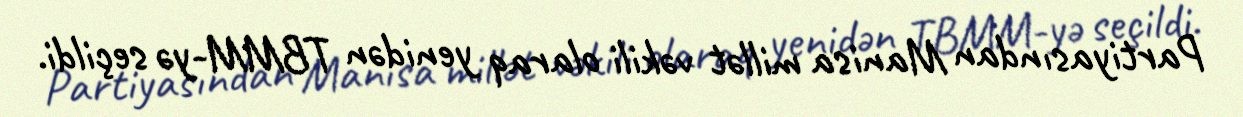
Partiyasından Manisa millət vəkili olaraq yenidən TBMM-yə seçildi.